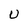
Character: U